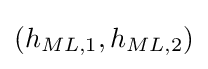
(h_{ML,1},h_{ML,2})